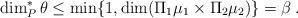
LaTeX: \begin{align*}\dim_{P}^{*}\theta\le\min\{1,\dim(\Pi_{1}\mu_{1}\times\Pi_{2}\mu_{2})\}=\beta\:.\end{align*}